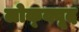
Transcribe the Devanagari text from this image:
लोक्क्वूद